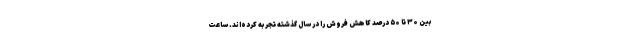
بین ۳۰ تا ۵۰ درصد کاهش فروش را در سال گذشته تجربه کرده‌اند. ساعت‌